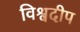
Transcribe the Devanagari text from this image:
विश्वदीप